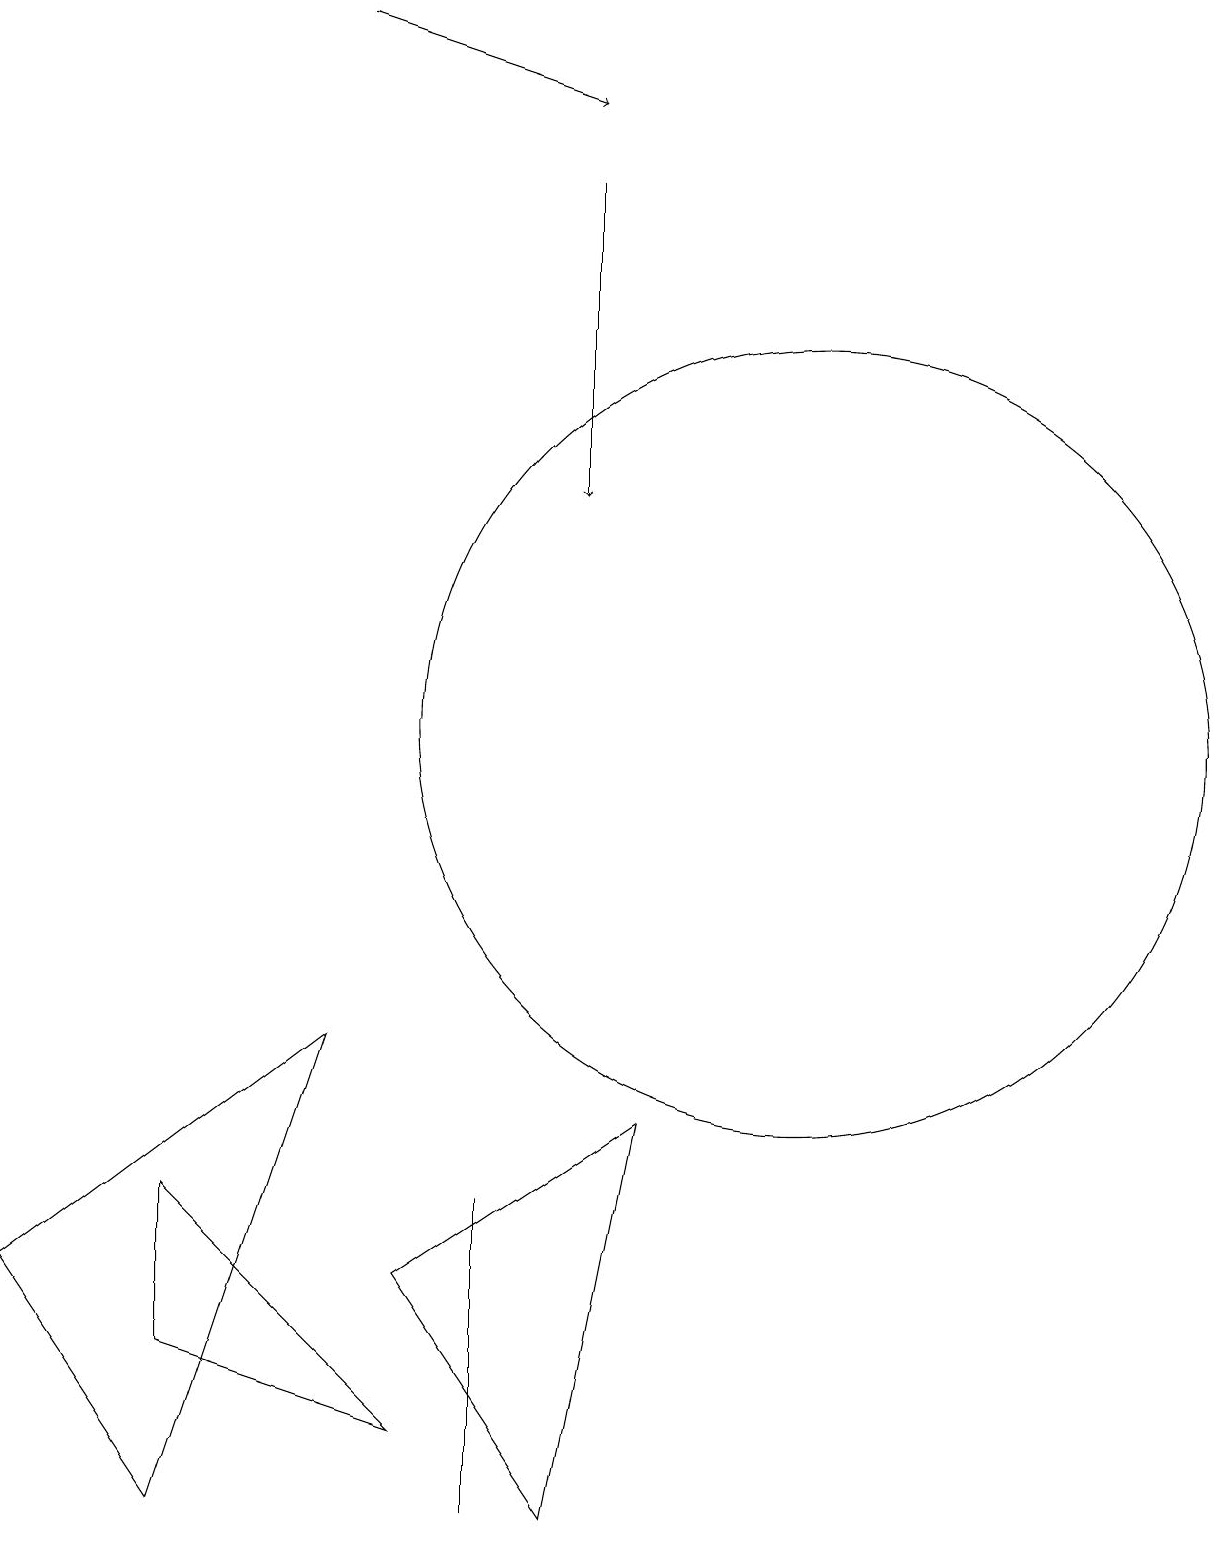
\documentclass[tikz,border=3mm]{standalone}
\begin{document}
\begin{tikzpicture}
\draw (4,6) -- (2,0) -- (0,3) -- cycle;
\draw[->] (7,17) -- (7,13);
\draw (10,10) circle (5);
\draw (7,0) -- (5,3) -- (8,5) -- cycle;
\draw[->] (4,19) -- (7,18);
\draw (6,4) -- (6,0) -- (6,1) -- cycle;
\draw (2,4) -- (2,2) -- (5,1) -- cycle;
\draw (12,12) circle (0);
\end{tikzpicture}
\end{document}